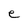
Character: e